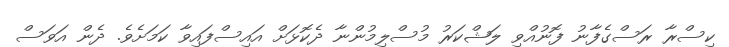
ކިސްރާ ރަސްގެފާނު ފޮނުއްވި ލަޝްކަރު މުސްލިމުންނާ ދެކޮޅަށް އައިސްފައިވާ ކަމަށެވެ. ދެން އަވަސް